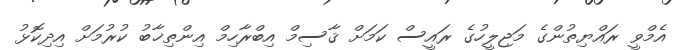
އެމްވީ ރައްޔިތުންގެ މަޖިލީހުގެ ރައީސް ކަމަށް ޤާސިމް އިބްރާހިމް އިންތިޚާބު ކުރުމަށް އިދިކޮޅު